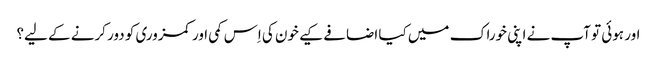
اور ہوئی تو آپ نے اپنی خوراک میں کیا اضافے کیے خون کی اِس کمی اور کمزوری کو دور کرنے کے لیے؟